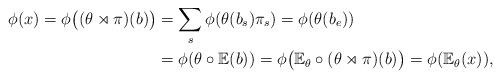
LaTeX: \begin{align*}\phi(x)=\phi\big((\theta\rtimes\pi)(b)\big)&=\sum_s\phi(\theta(b_s)\pi_s)=\phi(\theta(b_e))\\&=\phi(\theta\circ\mathbb E(b))=\phi\big(\mathbb E_\theta\circ(\theta\rtimes\pi)(b)\big)=\phi(\mathbb E_\theta(x)),\end{align*}